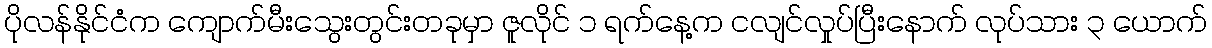
ပိုလန်နိုင်ငံက ကျောက်မီးသွေးတွင်းတခုမှာ ဇူလိုင် ၁ ရက်နေ့က ငလျင်လှုပ်ပြီးနောက် လုပ်သား ၃ ယောက်